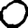
Digit: 0